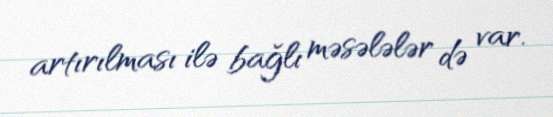
artırılması ilə bağlı məsələlər də var.